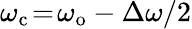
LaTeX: \omega_{\mathrm{c}}\! =\! \omega_{\mathrm{o}}-\Delta\omega/2